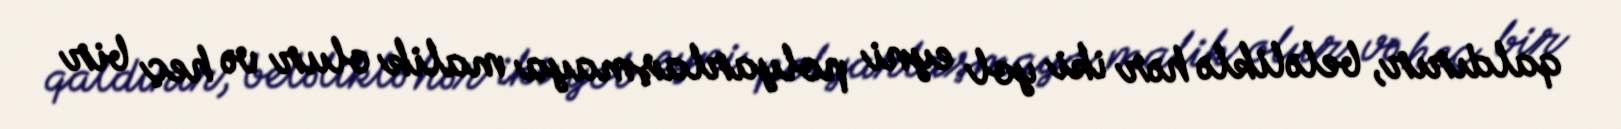
qaldırır, beləliklə hər iki yol eyni polyarlaşmaya malik olur və heç bir